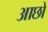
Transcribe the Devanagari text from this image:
आछो